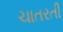
ચાતરતી